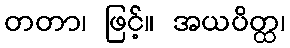
တတာ၊ ဖြင့်။ အယပိတ္ထ၊